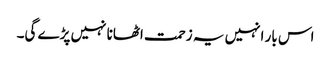
اس بار انہیں یہ زحمت اٹھانا نہیں پڑے گی۔